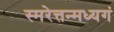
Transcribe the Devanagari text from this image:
स्मरेत्तन्मध्यगं